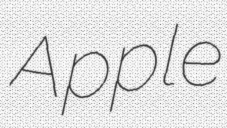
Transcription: Apple